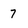
Character: 7